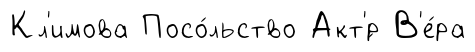
Кл'имова Посо́льство Акт'́р В'е́ра